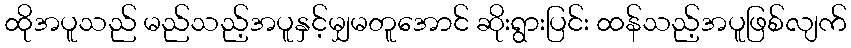
ထိုအပူသည် မည်သည့်အပူနှင့်မျှမတူအောင် ဆိုးရွားပြင်း ထန်သည့်အပူဖြစ်လျက်